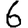
Digit: 6